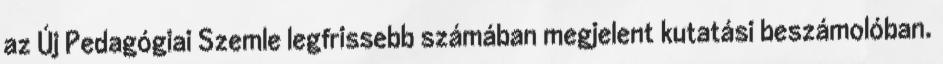
az Új Pedagógiai Szemle legfrissebb számában megjelent kutatási beszámolóban.